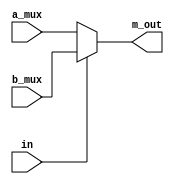
`timescale 1ns / 1ps
module MUX_5_bit(
    input [4:0] a_mux,
    input [4:0] b_mux,
    input in,
    output [4:0] m_out
);
assign m_out = in ? b_mux : a_mux ;
endmodule